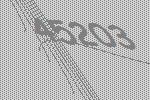
45203